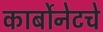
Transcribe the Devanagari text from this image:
कार्बोनेटचे